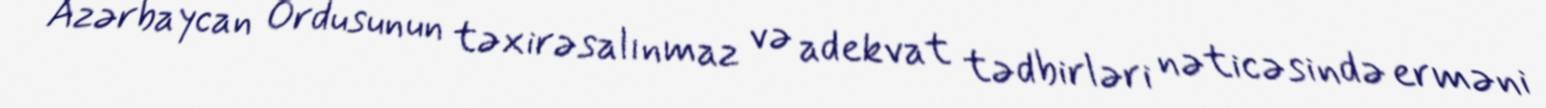
Azərbaycan Ordusunun təxirəsalınmaz və adekvat tədbirləri nəticəsində erməni